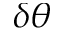
\delta \theta